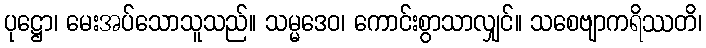
ပုဋ္ဌော၊ မေးအပ်သောသူသည်။ သမ္မဒေဝ၊ ကောင်းစွာသာလျှင်။ သစေဗျာကရိဿတိ၊